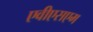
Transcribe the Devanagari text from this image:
एवीएसएम